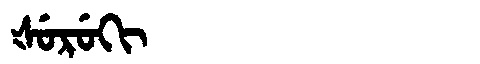
Manchu: ᡧᡠᡵᡠᡴᡳ
Romanization: ŠURUKI